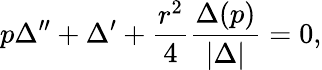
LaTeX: p\Delta^{\prime\prime}+\Delta^{\prime}+{\frac{r^{2}}{4}}{\frac{\Delta(p)}{|\Delta|}}=0,